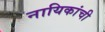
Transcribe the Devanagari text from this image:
नायिकांची